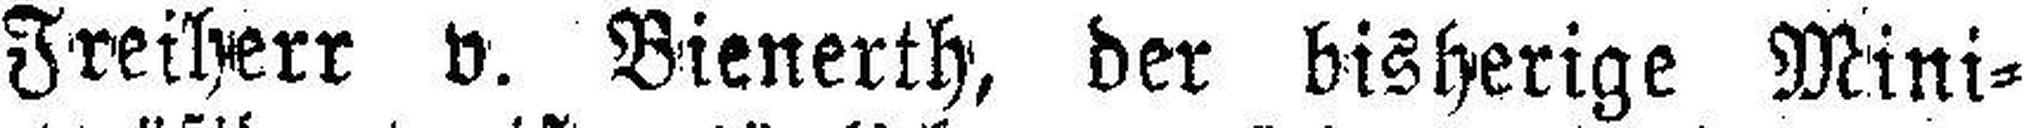
Freiherr v. Bienerth, der bisherige Mini¬